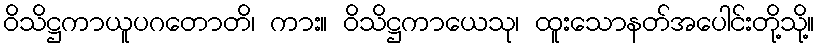
ဝိသိဋ္ဌကာယူပဂတောတိ၊ ကား။ ဝိသိဋ္ဌကာယေသု၊ ထူးသောနတ်အပေါင်းတို့သို့။